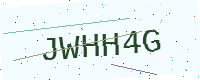
Text: JWHH4G